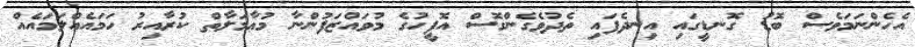
އެހެންނަމަވެސް ބޮޑު ގޮނޑީގައި އިނދެފައި ތެދުވެގެންގޮސް އޮފީހުގެ މުވައްޒަފުންނާ މުޢާމަލާތް ކުރާއިރު ހަމައެއްލަމައެއް